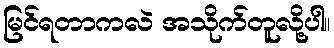
မြင်ရတာကလဲ အသိုက်တူလို့ပါ။